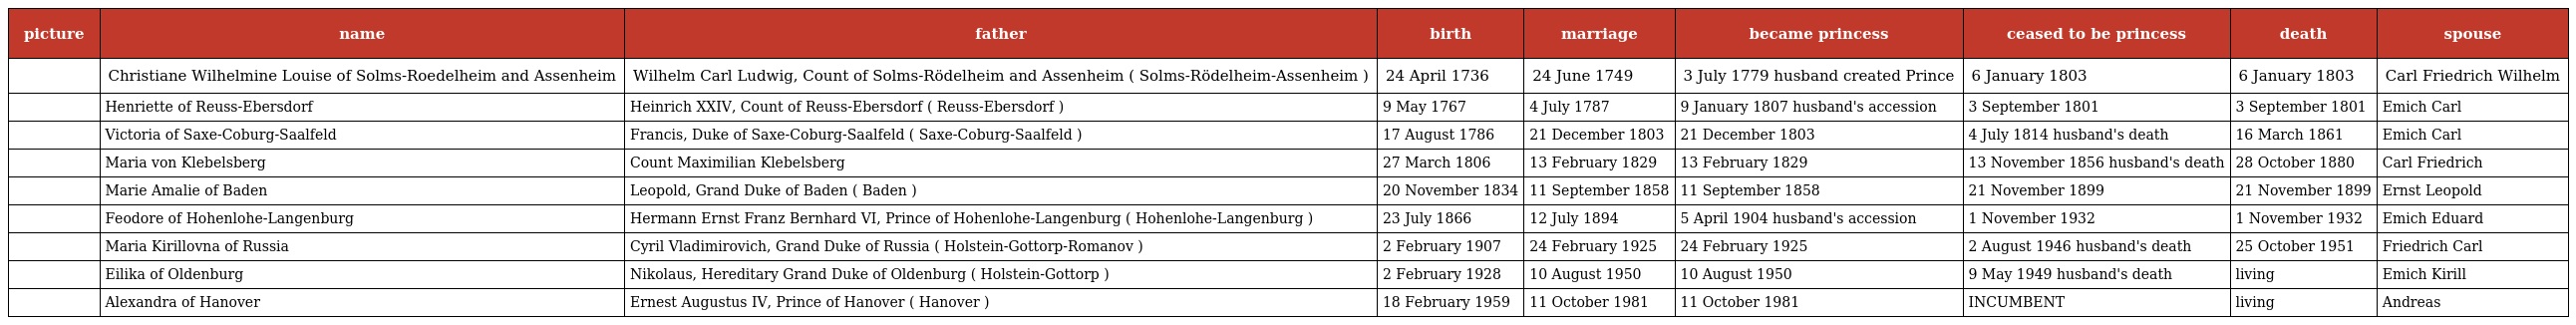
| picture | name | father | birth | marriage | became princess | ceased to be princess | death | spouse |
 | --- | --- | --- | --- | --- | --- | --- | --- | --- |
 |  | Christiane Wilhelmine Louise of Solms-Roedelheim and Assenheim | Wilhelm Carl Ludwig, Count of Solms-Rödelheim and Assenheim ( Solms-Rödelheim-Assenheim ) | 24 April 1736 | 24 June 1749 | 3 July 1779 husband created Prince | 6 January 1803 | 6 January 1803 | Carl Friedrich Wilhelm |
 |  | Henriette of Reuss-Ebersdorf | Heinrich XXIV, Count of Reuss-Ebersdorf ( Reuss-Ebersdorf ) | 9 May 1767 | 4 July 1787 | 9 January 1807 husband's accession | 3 September 1801 | 3 September 1801 | Emich Carl |
 |  | Victoria of Saxe-Coburg-Saalfeld | Francis, Duke of Saxe-Coburg-Saalfeld ( Saxe-Coburg-Saalfeld ) | 17 August 1786 | 21 December 1803 | 21 December 1803 | 4 July 1814 husband's death | 16 March 1861 | Emich Carl |
 |  | Maria von Klebelsberg | Count Maximilian Klebelsberg | 27 March 1806 | 13 February 1829 | 13 February 1829 | 13 November 1856 husband's death | 28 October 1880 | Carl Friedrich |
 |  | Marie Amalie of Baden | Leopold, Grand Duke of Baden ( Baden ) | 20 November 1834 | 11 September 1858 | 11 September 1858 | 21 November 1899 | 21 November 1899 | Ernst Leopold |
 |  | Feodore of Hohenlohe-Langenburg | Hermann Ernst Franz Bernhard VI, Prince of Hohenlohe-Langenburg ( Hohenlohe-Langenburg ) | 23 July 1866 | 12 July 1894 | 5 April 1904 husband's accession | 1 November 1932 | 1 November 1932 | Emich Eduard |
 |  | Maria Kirillovna of Russia | Cyril Vladimirovich, Grand Duke of Russia ( Holstein-Gottorp-Romanov ) | 2 February 1907 | 24 February 1925 | 24 February 1925 | 2 August 1946 husband's death | 25 October 1951 | Friedrich Carl |
 |  | Eilika of Oldenburg | Nikolaus, Hereditary Grand Duke of Oldenburg ( Holstein-Gottorp ) | 2 February 1928 | 10 August 1950 | 10 August 1950 | 9 May 1949 husband's death | living | Emich Kirill |
 |  | Alexandra of Hanover | Ernest Augustus IV, Prince of Hanover ( Hanover ) | 18 February 1959 | 11 October 1981 | 11 October 1981 | INCUMBENT | living | Andreas |